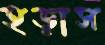
হড়াস